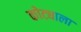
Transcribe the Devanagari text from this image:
कोट्याला